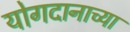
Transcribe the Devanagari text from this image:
योगदानाच्या